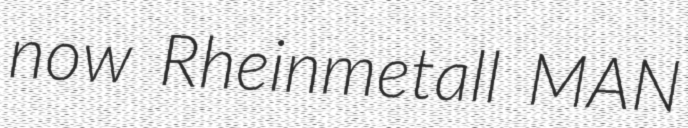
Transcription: now Rheinmetall MAN